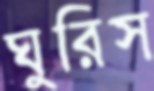
ঘুরিস